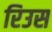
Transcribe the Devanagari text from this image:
रिउस